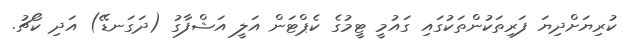
ކުރިޔަށްދިޔަ ފަރިތަކުންތަކުގައި ގައުމީ ޓީމުގެ ކެޕްޓަން އަލީ އަޝްފާގު (ދަގަނޑޭ) އަދި ކޯޗު.